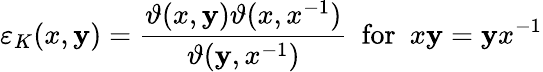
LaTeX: \varepsilon_{K}(x,\mathbf{y})=\frac{{\vartheta(x,\mathbf{y})\vartheta(x,x^{-1})}}{{\vartheta(\mathbf{y},x^{-1})}}\, \, \, \mathrm{{for}}\, \, \, x\mathbf{y}=\mathbf{y}x^{-1}